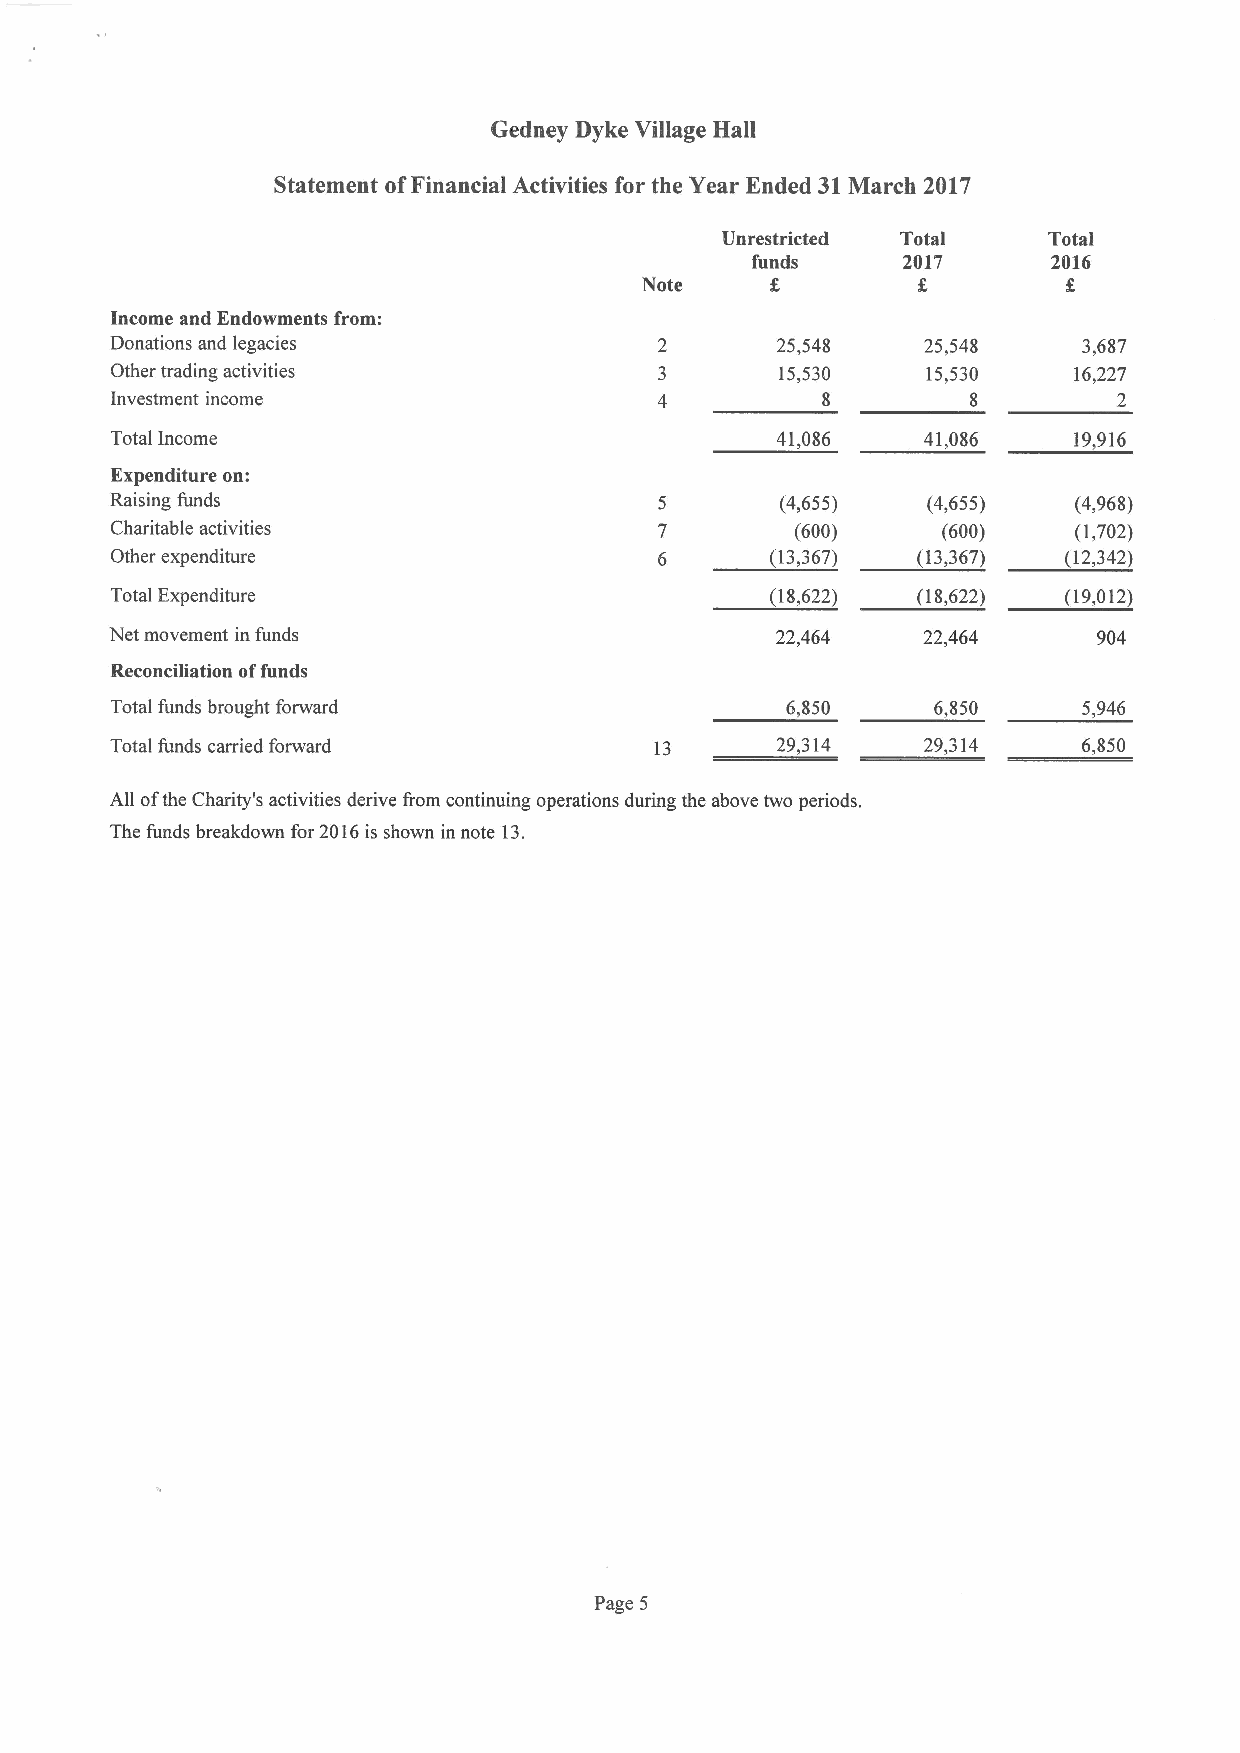
Gedney Byke Village Hall
 Statement ofFinancial Activities for the Year Ended 31March 2017
 Unrestricted Total   Total
 funds     2017      2016
 Note
 Income and Endowments from:
 Donations and legacies                      25,548    25,548     3,687
 Other trading activities                     15,530   15,530    16,227
 Investment income                              8         8         2
 Total Income                                41,086    41,086    19,916
 Expenditure on:
 Raising funds                                (4,655)  (4,655)   (4,968)
 Charitable activities                         (600)    (600)    (1,702)
 Other expenditure                           (13,367)  (13,367) (12,342)
 Total Expenditure                           (18,622)  (18,622) (19,012)
 Net movement in funds                       22,464    22,464      904
 Reconciliation offunds
 Total funds brought forward                  6,850     6,850     5,946
 Total funds carried forward         13      29,314    29,314     6,850
 All ofthe Charity's activities derive from continuing operations during the above two periods.
 The funds breakdown for 2016is shown in note 13.
 Page 5